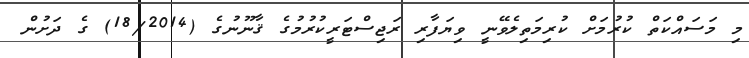
މި މަސައްކަތް ކުރުމަށް ކުރިމަތިލެވޭނީ ވިޔަފާރި ރަޖިސްޓަރީކުރުމުގެ ޤާނޫނުގެ (18/2014) ގެ ދަށުން